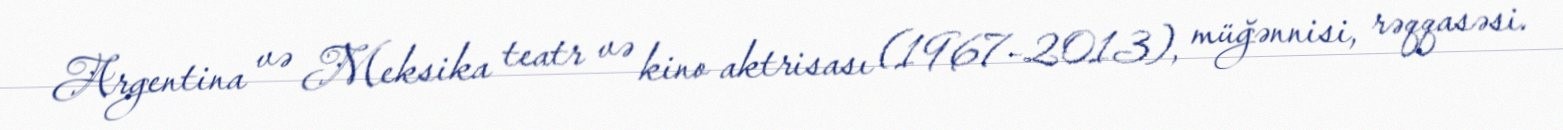
Argentina və Meksika teatr və kino aktrisası (1967–2013), müğənnisi, rəqqasəsi.